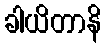
ခါယိတာနိ